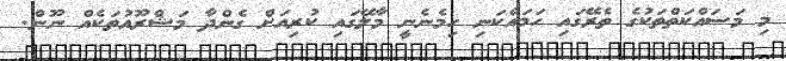
މި މަސައްކަތްތަކުގެ ތެރޭގައި ހަމައެކަނި ހިމެނެނީ މާލޭގައި ކުރިއަށް ގެންދާ މަޝްރޫއުތަކެއް ނޫން.